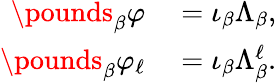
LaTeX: \begin{array}{rl}{\pounds_{\beta}\varphi}&{{}=\iota_{\beta}\Lambda_{\beta},}\\ {\pounds_{\beta}\varphi_{\ell}}&{{}=\iota_{\beta}\Lambda_{\beta}^{\ell}.}\end{array}